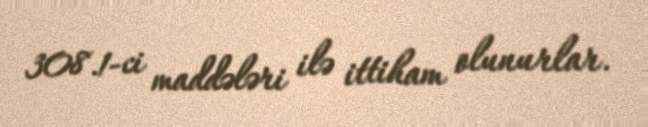
308.1-ci maddələri ilə ittiham olunurlar.